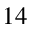
1 4